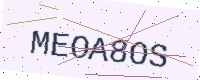
Text: MEOA8OS